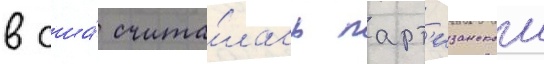
в сша́ счита́лась парт'изанскои